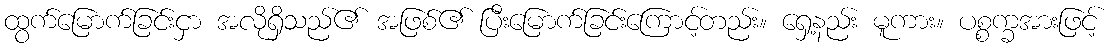
ထွက်မြောက်ခြင်းငှာ အလိုရှိသည်၏ အဖြစ်၏ ပြီးမြောက်ခြင်းကြောင့်တည်း။ ရှေ့နည်း မူကား။ ပစ္စက္ခအားဖြင့်